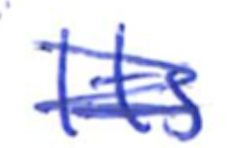
Text: Its
Cross-out: scratch
Writing tool: ballpoint